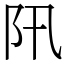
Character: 阠